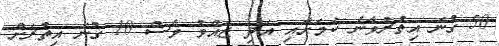
50 ގުނަ އިތުރުވާނެ ކަމަށާއި އަދި ޖައްވު ވެސް 10 ގުނަ އިތުރަށް